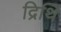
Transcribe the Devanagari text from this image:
द्रिथि